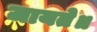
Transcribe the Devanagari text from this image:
जायते॥